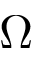
\Omega